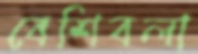
বেশিবলা